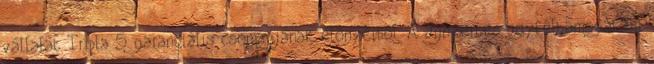
vállalat Tripla 5 garanciális csomagjának előnyeiből. A díjnyertes ügyféltámogatási